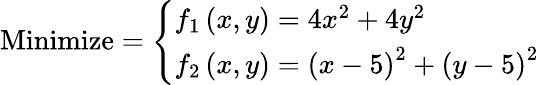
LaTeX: {\mathrm{Minimize}}={\left\{ \begin{array}{ll}{f_{1}\left(x,y\right)=4x^{2}+4y^{2}}\\ {f_{2}\left(x,y\right)=\left(x-5\right)^{2}+\left(y-5\right)^{2}}\end{array}\right.}